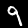
Digit: 9